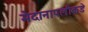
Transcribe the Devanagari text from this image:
मैदानापलीकडे